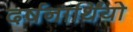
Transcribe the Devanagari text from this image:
दर्षनार्थिंयो